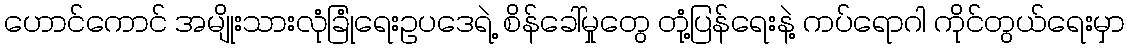
ဟောင်ကောင် အမျိုးသားလုံခြုံရေးဥပဒေရဲ့ စိန်ခေါ်မှုတွေ တုံ့ပြန်ရေးနဲ့ ကပ်ရောဂါ ကိုင်တွယ်ရေးမှာ